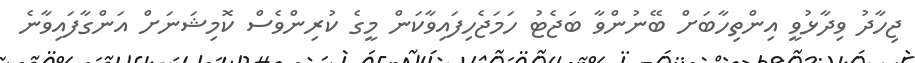
ޖިހާދު ވިދާޅުވީ އިންތިހާބަށް ބޭނުންވާ ބަޖެޓު ހަމަޖެހިފައިވާކަން މީގެ ކުރިންވެސް ކޮމިޝަނަށް އަންގާފައިވާނެ